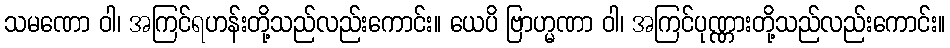
သမဏော ဝါ၊ အကြင်ရဟန်းတို့သည်လည်းကောင်း။ ယေပိ ဗြာဟ္မဏာ ဝါ၊ အကြင်ပုဏ္ဏားတို့သည်လည်းကောင်း။